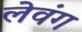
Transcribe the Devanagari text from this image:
लेवंग